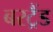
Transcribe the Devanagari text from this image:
बरट्रैंड